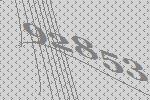
92853